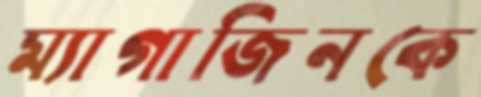
ম্যাগাজিনকে